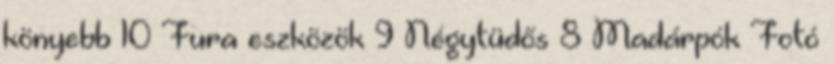
könyebb 10 Fura eszközök 9 Négytüdős 8 Madárpók Fotó